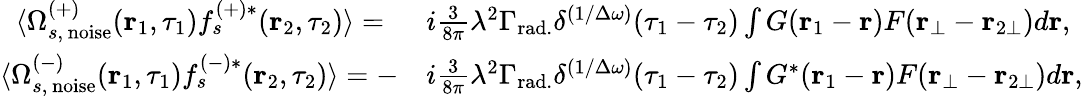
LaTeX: \begin{array}{rl}{\langle\Omega_{s,\, \mathrm{noise}}^{(+)}(\textbf{r}_{1},\tau_{1})f_{s}^{(+)*}(\textbf{r}_{2},\tau_{2})\rangle=\, \, \, }&{i\frac{3}{8\pi}\lambda^{2}\Gamma_{\mathrm{rad.}}\delta^{(1/\Delta\omega)}(\tau_{1}-\tau_{2})\int G(\textbf{r}_{1}-\textbf{r})F(\textbf{r}_{\bot}-\textbf{r}_{2\bot})d\textbf{r},}\\ {\langle\Omega_{s,\, \mathrm{noise}}^{(-)}(\textbf{r}_{1},\tau_{1})f_{s}^{(-)*}(\textbf{r}_{2},\tau_{2})\rangle=-}&{i\frac{3}{8\pi}\lambda^{2}\Gamma_{\mathrm{rad.}}\delta^{(1/\Delta\omega)}(\tau_{1}-\tau_{2})\int G^{*}(\textbf{r}_{1}-\textbf{r})F(\textbf{r}_{\bot}-\textbf{r}_{2\bot})d\textbf{r},}\end{array}